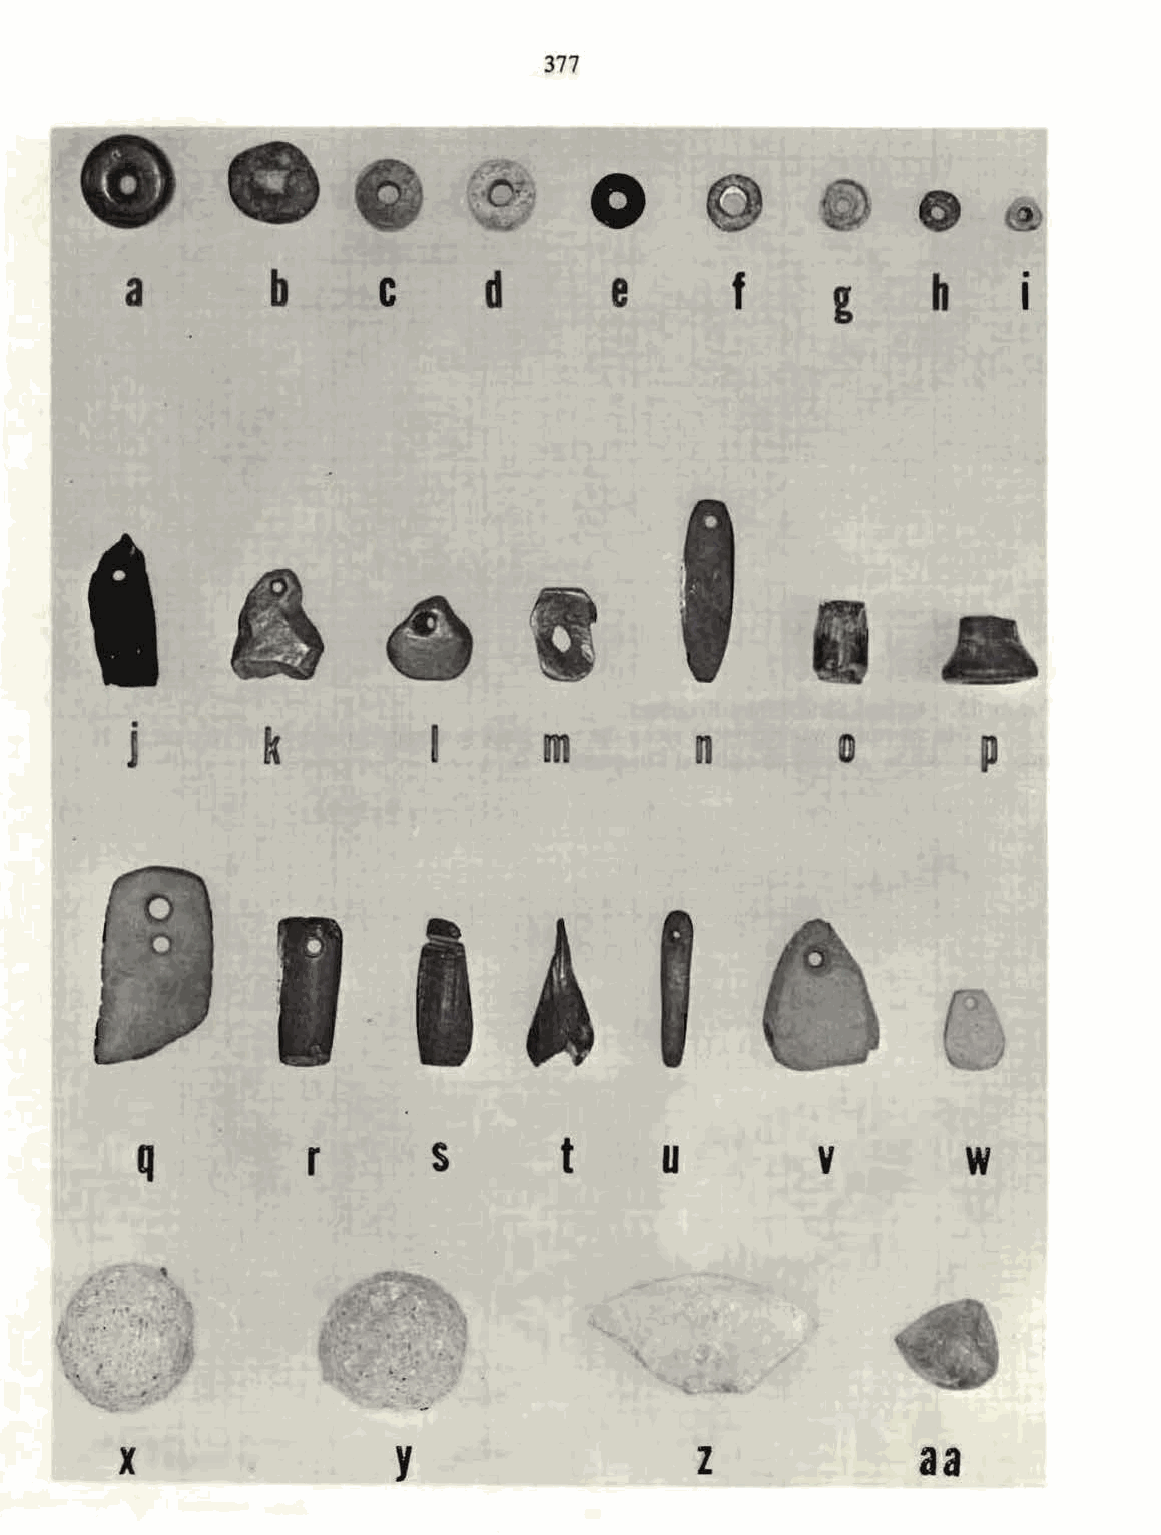
377
 0
 0
 a        b       c      d       e       f      g     h     I•
 J•       k          I      m         n
 0
 q          r       s        t     u          v        w
 y                   z             aa
 X